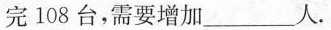
完108台，需要增加___人.